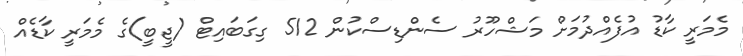
މެމަރީ ކާޑު އުފެއްދުމަށް މަޝްހޫރު ސެންޑިސްކުން 512 ގިގަބައިޓް (ޖީބީ)ގެ މެމަރީ ކާޑެއް